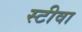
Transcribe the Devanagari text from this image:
स्टीवा